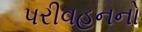
પરીવહનનો